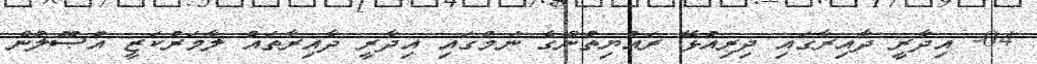
04- އިދާރީ ދާއިރާގައި ދިރިއުޅޭ ރައްޔިތުންގެ ނަމުގައި އިދާރީ ދާއިރާތައް ލާމަރުކަޒީ އުޞޫލުން